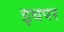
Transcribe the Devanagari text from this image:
इथपर